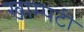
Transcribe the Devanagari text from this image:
खाम्पटी